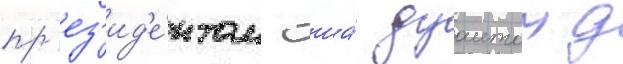
пр'ез'ид'е́нтом сша́ дуаитом д